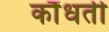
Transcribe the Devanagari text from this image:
कौंधती